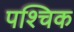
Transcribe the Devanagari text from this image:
पश्चिक